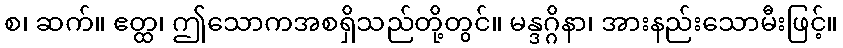
စ၊ ဆက်။ ဧတ္ထ၊ ဤသောကအစရှိသည်တို့တွင်။ မန္ဒဂ္ဂိနာ၊ အားနည်းသောမီးဖြင့်။